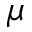
\mu